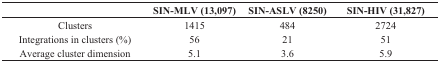
<table><thead><tr><td></td><td><b>SIN-MLV (13,097)</b></td><td><b>SIN-ASLV (8250)</b></td><td><b>SIN-HIV (31,827)</b></td></tr></thead><tbody><tr><td>Clusters </td><td>1415</td><td>484</td><td>2724</td></tr><tr><td>Integrations in clusters (%)</td><td>56</td><td>21</td><td>51</td></tr><tr><td>Average cluster dimension</td><td>5.1</td><td>3.6</td><td>5.9</td></tr></tbody></table>